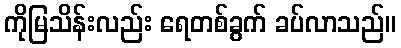
ကိုမြသိန်းလည်း ရေတစ်ခွက် ခပ်လာသည်။